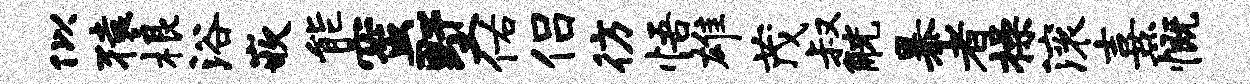
似猿根浴嵌能蜜墅佑侣彷悟雄茂叔觥暴者操滚熹慨